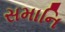
સમાનિ